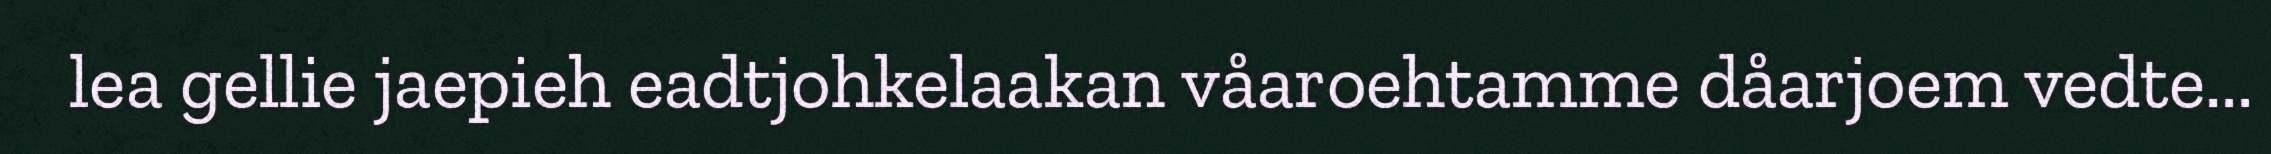
lea gellie jaepieh eadtjohkelaakan våaroehtamme dåarjoem vedte...